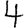
Digit: 4